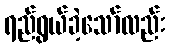
ရည်ရွယ်ခဲ့သော်လည်း